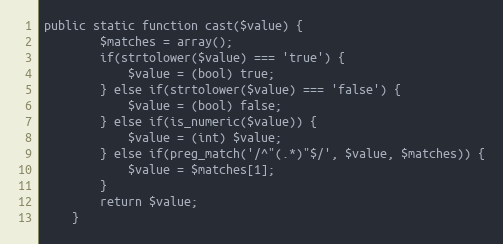
Language: PHP
public static function cast($value) {
		$matches = array();
		if(strtolower($value) === 'true') {
			$value = (bool) true;
		} else if(strtolower($value) === 'false') {
			$value = (bool) false;
		} else if(is_numeric($value)) {
			$value = (int) $value;
		} else if(preg_match('/^"(.*)"$/', $value, $matches)) {
			$value = $matches[1];
		}
		return $value;
	}